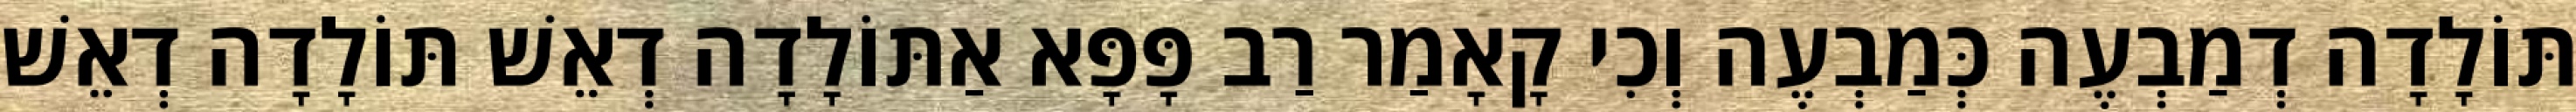
תּוֹלָדָה דְמַבְעֶה כְּמַבְעֶה וְכִי קָאָמַר רַב פָּפָּא אַתּוֹלָדָה דְאֵשׁ תּוֹלָדָה דְאֵשׁ